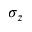
\sigma _ { z }